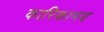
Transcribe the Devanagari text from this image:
कारिकामय